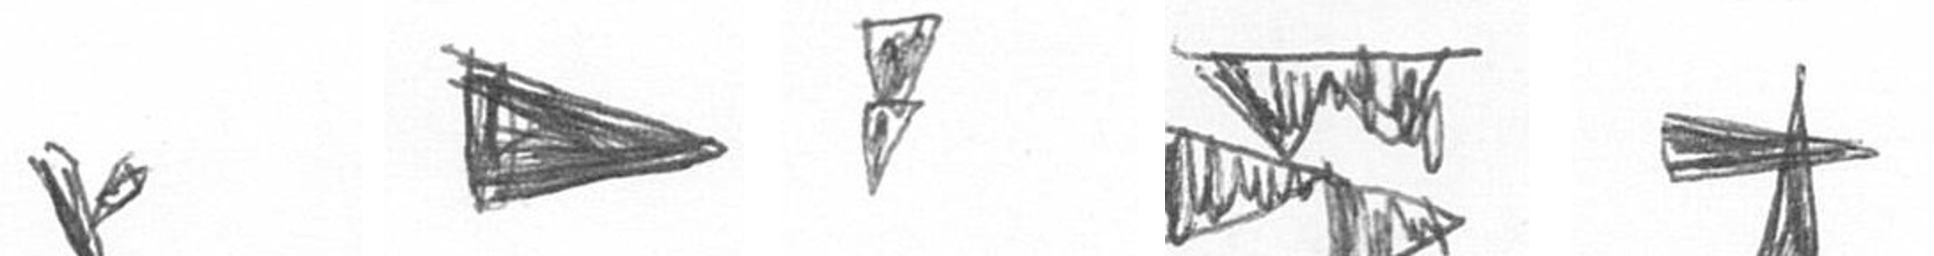
F T Z B G